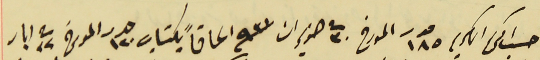
حسَب امركم الكريم عدد ١٨٥ المورخ فى ٣٠ حزيران سنة ٩٣١ الحاقاً بكتاب عدد ١٢٠ المورخ فى ٢٢ ايار